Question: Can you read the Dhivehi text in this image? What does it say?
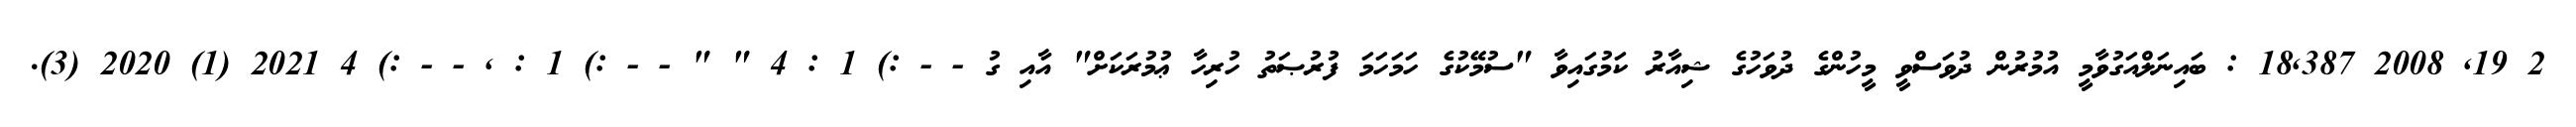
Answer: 2 19, 2008 18,387 : ބައިނަލްއަގުވާމީ އުމުރުން ދުވަސްވީ މީހުންގެ ދުވަހުގެ ޝިއާރު ކަމުގައިވާ "ސުމޭކުގެ ހަމަހަމަ ފުރުޞަތު ހުރިހާ ޢުމުރަކަށް" އާއި ގު - - :) 1 : 4 " " - - :) 1 : , - - :) 4 2021 (1) 2020 (3).